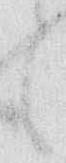
も